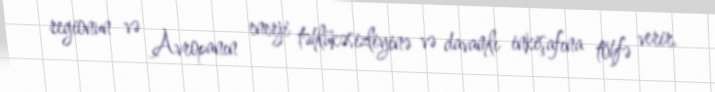
regionun və Avropanın enerji təhlükəsizliyinə və davamlı inkişafına töhfə verir.